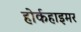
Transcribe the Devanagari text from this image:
होर्कहाइमर